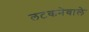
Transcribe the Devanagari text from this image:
लटकनेवाले